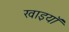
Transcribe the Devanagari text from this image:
खाइयॉ